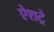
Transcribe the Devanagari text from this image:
ऐशट्रे